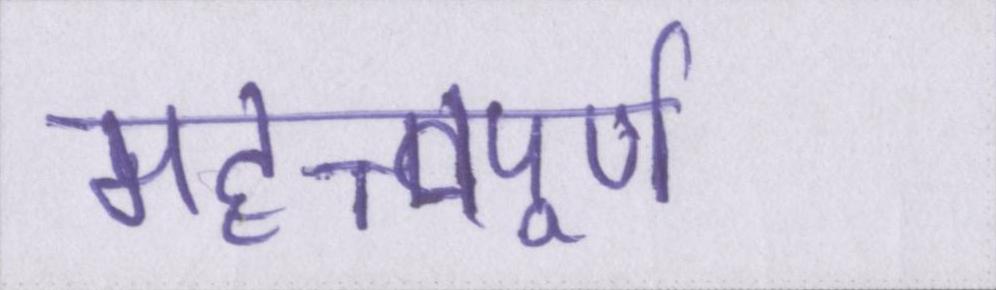
महत्त्वपूर्ण